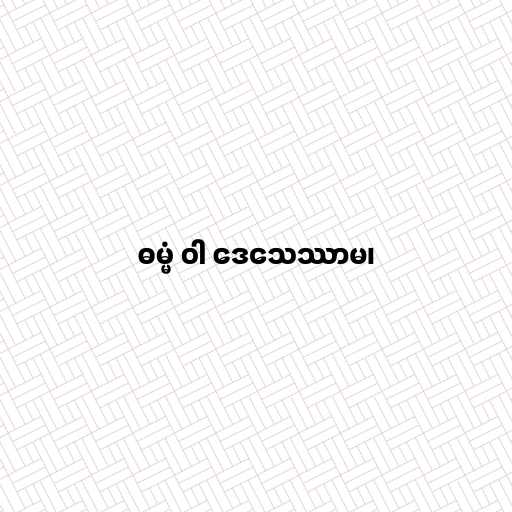
ဓမ္မံ ဝါ ဒေသေဿာမ၊